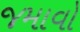
જમાવો